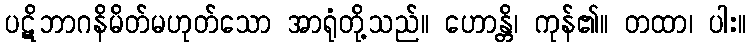
ပဋိဘာဂနိမိတ်မဟုတ်သော အာရုံတို့သည်။ ဟောန္တိ၊ ကုန်၏။ တထာ၊ ပါး။